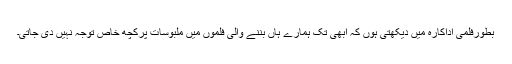
بطورفلمی اداکارہ میں دیکھتی ہوں کہ ابھی تک ہمارے ہاں بننے والی فلموں میں ملبوسات پرکچھ خاص توجہ نہیں دی جاتی۔